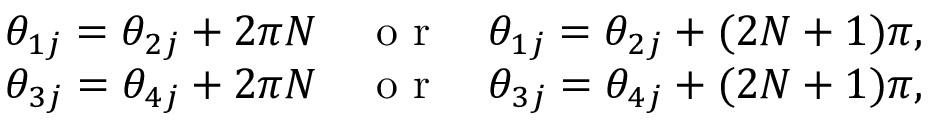
\begin{array} { r } { \theta _ { 1 j } = \theta _ { 2 j } + 2 \pi N \quad \mathrm { ~ o ~ r ~ } \quad \theta _ { 1 j } = \theta _ { 2 j } + ( 2 N + 1 ) \pi , } \\ { \theta _ { 3 j } = \theta _ { 4 j } + 2 \pi N \quad \mathrm { ~ o ~ r ~ } \quad \theta _ { 3 j } = \theta _ { 4 j } + ( 2 N + 1 ) \pi , } \end{array}